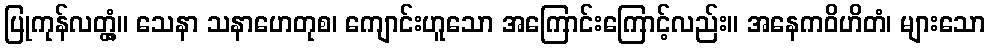
ပြုကုန်လတ္တံ့။ သေနာ သနာဟေတုစ၊ ကျောင်းဟူသော အကြောင်းကြောင့်လည်း။ အနေကဝိဟိတံ၊ များသော